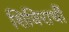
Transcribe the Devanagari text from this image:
शिविरार्थी